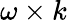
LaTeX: \omega\times k